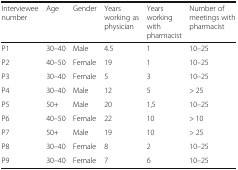
| Interviewee number | Age | Gender | Years working as physician | Years working with pharmacist | Number of meetings with pharmacist |
 | --- | --- | --- | --- | --- | --- |
 | P1 | 30–40 | Male | 4.5 | 1 | 10–25 |
 | P2 | 40–50 | Female | 19 | 1 | 10–25 |
 | P3 | 30–40 | Female | 5 | 3 | 10–25 |
 | P4 | 30–40 | Male | 12 | 5 | > 25 |
 | P5 | 50+ | Male | 20 | 1,5 | 10–25 |
 | P6 | 40–50 | Female | 22 | 10 | > 10 |
 | P7 | 50+ | Male | 19 | 10 | > 25 |
 | P8 | 30–40 | Female | 8 | 2 | 10–25 |
 | P9 | 30–40 | Female | 7 | 6 | 10–25 |